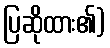
ပြဆိုထား၏)